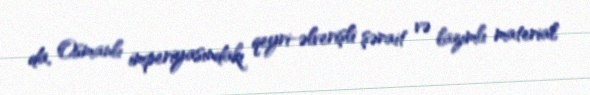
da, Osmanlı imperiyasındakı qeyri-əlverişli şərait və lazımlı material